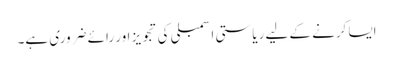
ایسا کرنے کے لیے ریاستی اسمبلی کی تجویز اور رائے ضروری ہے۔